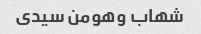
شهاب وهومن سیدی